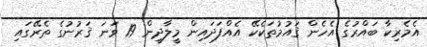
އެމެރިކާ ބައްރުގެ އެހެން ޤައުމުތަކެކޭ އެއްފަދައިން މީލާދީން 19 ވަނަ ޤަރުނުގެ ތެރޭގައި